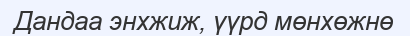
Дандаа энхжиж, үүрд мөнхөжнө